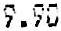
9.90